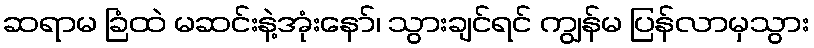
ဆရာမ ခြံထဲ မဆင်းနဲ့အုံးနော်၊ သွားချင်ရင် ကျွန်မ ပြန်လာမှသွား